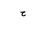
Letter: _ha